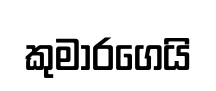
කුමාරගෙයි